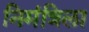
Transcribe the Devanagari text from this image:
निमंत्रिला